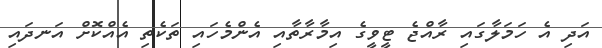
އަދި އެ ހަމަލާގައި ރާއްޖެ ޓީވީގެ އިމާރާތާއި އެންމެހައި ތަކެތި އެއްކޮށް އަނދައި